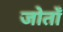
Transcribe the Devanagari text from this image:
जोताँ